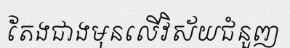
តែងជាងមុនលើវិស័យជំនួញ